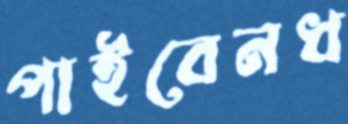
পাইবেনধ